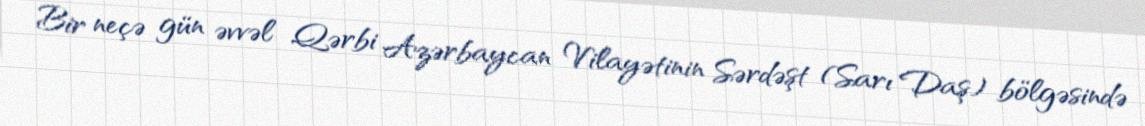
Bir neçə gün əvvəl Qərbi Azərbaycan Vilayətinin Sərdəşt (Sarı Daş) bölgəsində